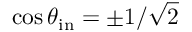
\cos \theta _ { \mathrm { i n } } = \pm 1 / \sqrt { 2 }